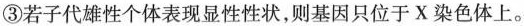
③若子代雄性个体表现显性性状，则基因只位于X染色体上。